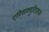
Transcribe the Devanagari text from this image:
एक्झिक्युटिव्ह्ज